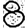
Digit: 8